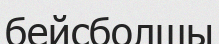
бейсболшы